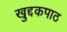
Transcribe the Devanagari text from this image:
खुद्दकपाठ